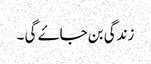
زندگی بن جاۓ گی ۔